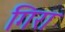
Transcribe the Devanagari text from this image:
गिरा